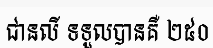
ជានលី ទទួលបានគឺ ២៥០